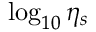
\log _ { 1 0 } \eta _ { s }